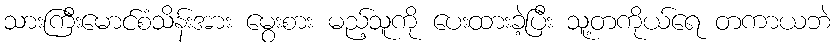
သားကြီးမောင်စံသိန်းအား မွေးစား မည့်သူကို ပေးထားခဲ့ပြီး သူ့တကိုယ်ရေ တကာယဘဲ